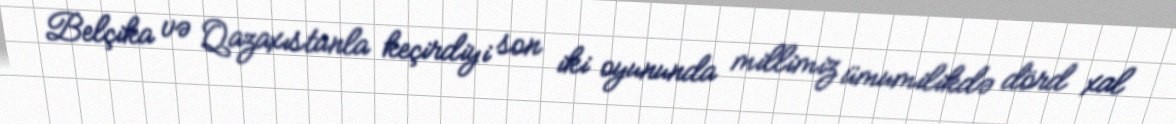
Belçika və Qazaxıstanla keçirdiyi son iki oyununda millimiz ümumilikdə dörd xal